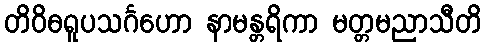
တိဝိဓရူပသင်္ဂဟော နာမန္တရိကာ မတ္တမညာသီတိ